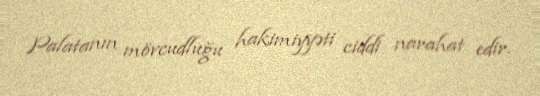
Palatanın mövcudluğu hakimiyyəti ciddi narahat edir.